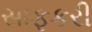
સાફકરી